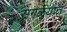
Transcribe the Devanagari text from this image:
सगळय़ात